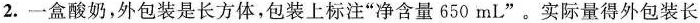
2.一盒酸奶，外包装是长方体，包装上标注净含量“650mL”。实际量得外包装长